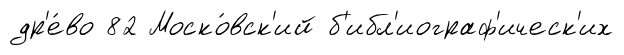
др'е́во 82 Моско́вск'ий б'ибл'иограф'ическ'их